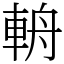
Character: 輈